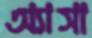
অ্যাসা